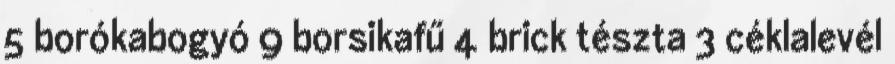
5 borókabogyó 9 borsikafű 4 brick tészta 3 céklalevél